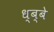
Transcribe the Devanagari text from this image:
ध्ब्बे